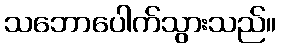
သဘောပေါက်သွားသည်။